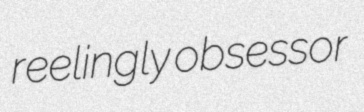
reelingly obsessor